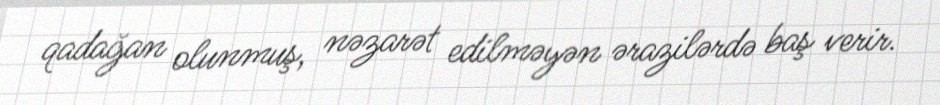
qadağan olunmuş, nəzarət edilməyən ərazilərdə baş verir.